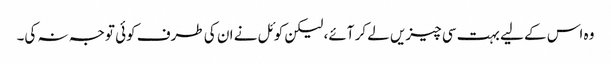
وہ اس کے لیے بہت سی چیزیں لے کر آئے، لیکن کوئل نے ان کی طرف کوئی توجہ نہ کی۔